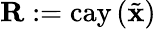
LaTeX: \mathbf{R}:=\mathrm{cay}\left(\tilde{\mathbf{x}}\right)